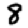
Digit: 8